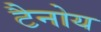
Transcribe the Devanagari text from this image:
टैनोय